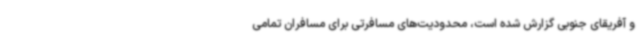
و آفریقای جنوبی گزارش شده است، محدودیت‌های مسافرتی برای مسافران تمامی